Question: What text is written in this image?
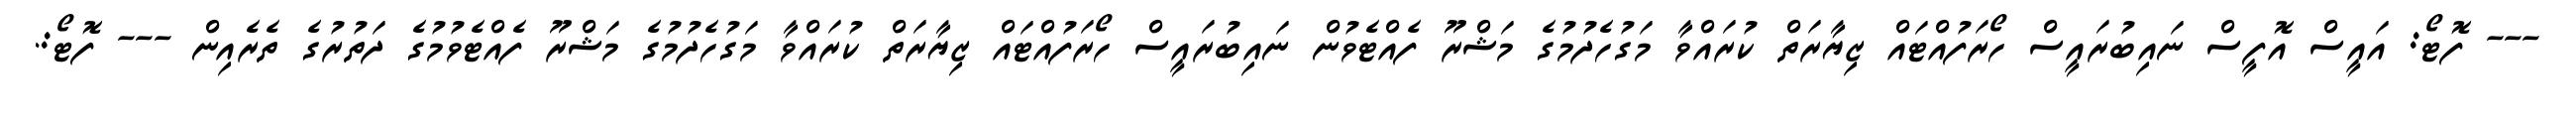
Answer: --- ފޮޓޯ: އައީސް އޮފީސް ނައިބުރައީސް ހޯރަފުއްޓައް ޒިޔާރަތް ކުރައްވާ މަގުހެދުމުގެ މަޝްރޫ ފެއްޓެވުން ނައިބުރައީސް ހޯރަފުއްޓައް ޒިޔާރަތް ކުރައްވާ މަގުހެދުމުގެ މަޝްރޫ ފެއްޓެވުމުގެ ދަތުރުގެ ތެރެއިން --- ފޮޓޯ:.